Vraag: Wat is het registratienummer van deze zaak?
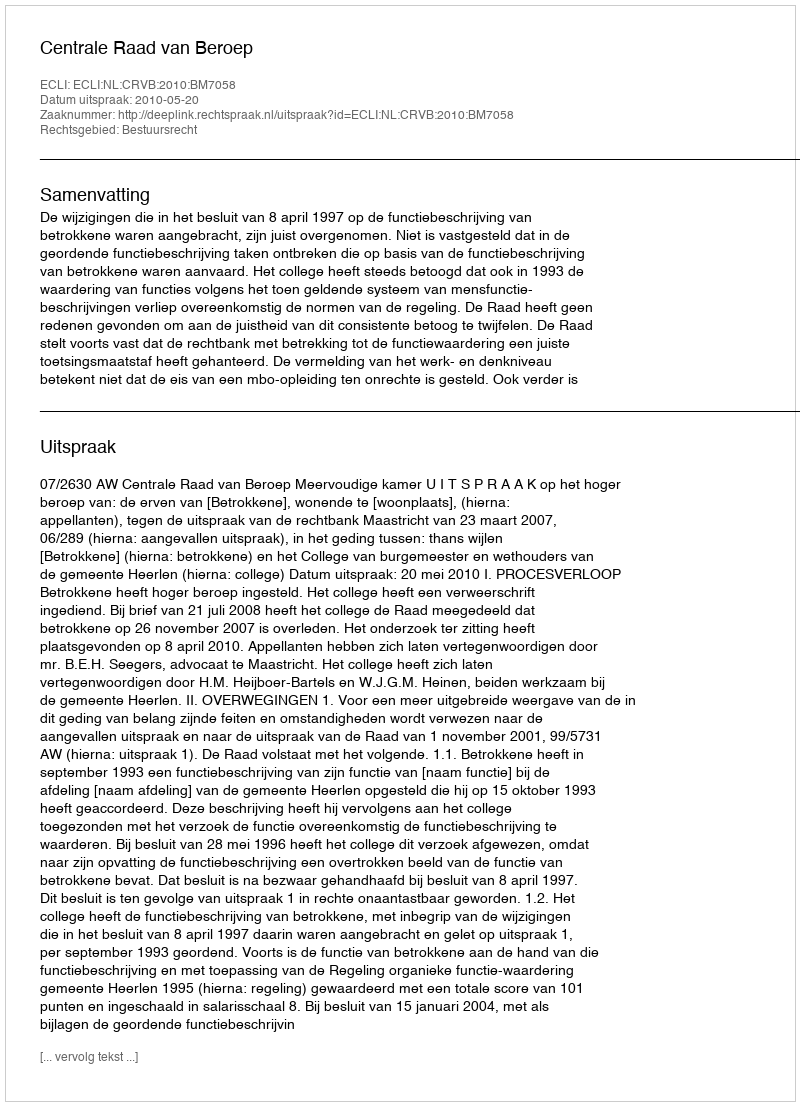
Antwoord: http://deeplink.rechtspraak.nl/uitspraak?id=ECLI:NL:CRVB:2010:BM7058